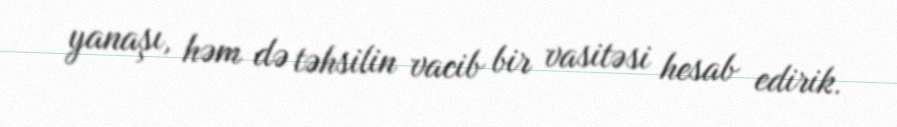
yanaşı, həm də təhsilin vacib bir vasitəsi hesab edirik.